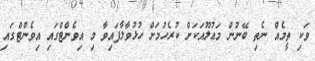
ވަކި ތީމެއް ނެތި ބޭނުން މަޢުލޫއަކަށް ކުރެހުމަށް ހުޅުވާލާފައިވާ މި އިވެންޓްގައި އިވެންޓްގައި